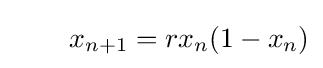
\qquad x_{n+1}=rx_{n}(1-x_{n})